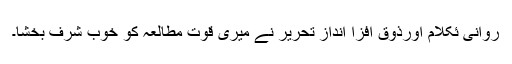
روانی ئکلام اورذوق افزا اندازِ تحریر نے میری قوت مطالعہ کو خوب شرف بخشا۔